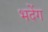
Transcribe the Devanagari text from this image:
भदेंग